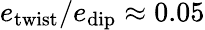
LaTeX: e_{\mathrm{twist}}/e_{\mathrm{dip}}\approx 0.05